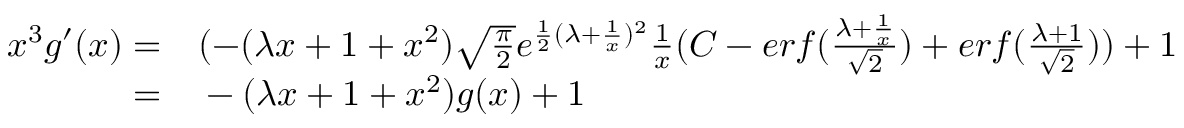
\begin{array} { r l } { x ^ { 3 } g ^ { \prime } ( x ) = } & { { } ( - ( \lambda x + 1 + x ^ { 2 } ) \sqrt { \frac { \pi } { 2 } } e ^ { \frac { 1 } { 2 } ( \lambda + \frac { 1 } { x } ) ^ { 2 } } \frac { 1 } { x } ( C - e r f ( \frac { \lambda + \frac { 1 } { x } } { \sqrt { 2 } } ) + e r f ( \frac { \lambda + 1 } { \sqrt { 2 } } ) ) + 1 } \\ { = } & { { } - ( \lambda x + 1 + x ^ { 2 } ) g ( x ) + 1 } \end{array}